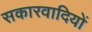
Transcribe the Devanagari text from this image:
सकारवादियों